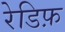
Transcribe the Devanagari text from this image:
रेडिफ़